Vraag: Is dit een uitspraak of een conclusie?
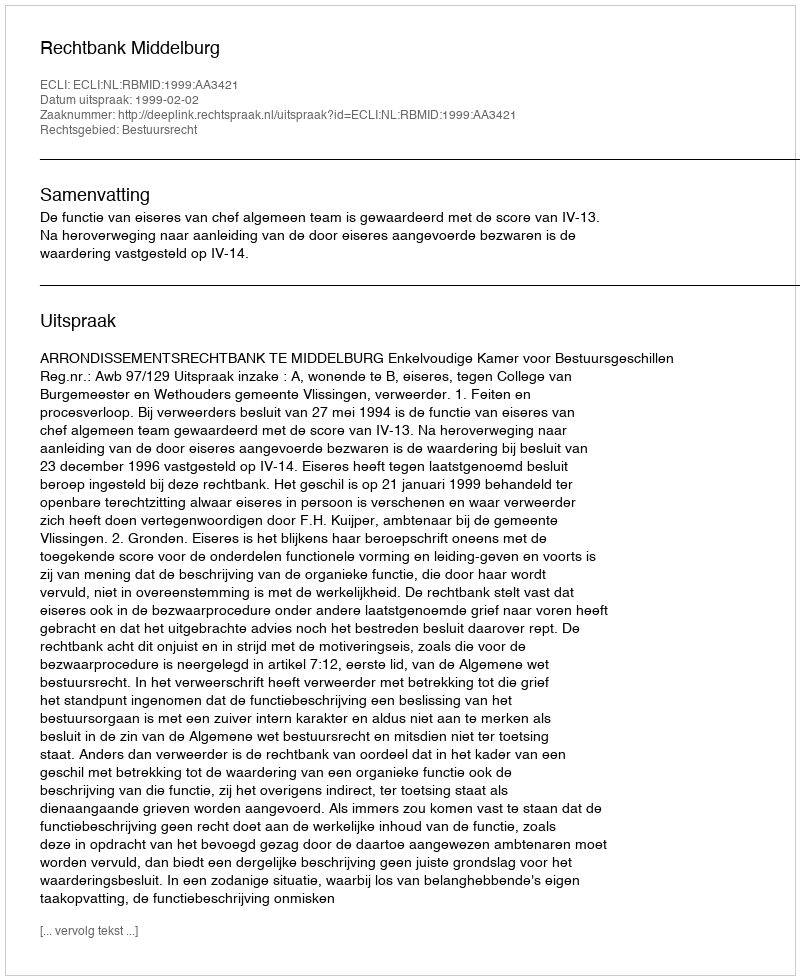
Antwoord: Uitspraak